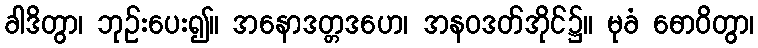
ခါဒိတွာ၊ ဘုဉ်းပေး၍။ အနောဒတ္တဒဟေ၊ အနဝဒတ်အိုင်၌။ မုခံ ဓောဝိတွာ၊